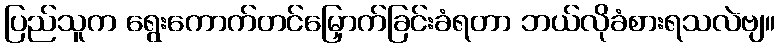
ပြည်သူက ရွေးကောက်တင်မြှောက်ခြင်းခံရတာ ဘယ်လိုခံစားရသလဲဗျ။